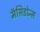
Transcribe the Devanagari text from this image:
मॅसिडोन्स